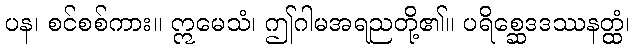
ပန၊ စင်စစ်ကား။ ဣမေသံ၊ ဤဂါမအရညတို့၏။ ပရိစ္ဆေဒဒဿနတ္ထံ၊